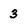
Character: 3